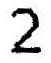
2